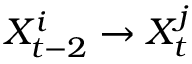
X _ { t - 2 } ^ { i } \rightarrow X _ { t } ^ { j }